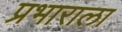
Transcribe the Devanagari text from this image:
प्रभाराला